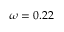
\omega = 0 . 2 2